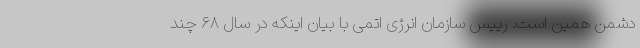
دشمن همین است. رییس سازمان انرژی اتمی با بیان اینکه در سال ۶۸ چند